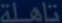
تأهلاة